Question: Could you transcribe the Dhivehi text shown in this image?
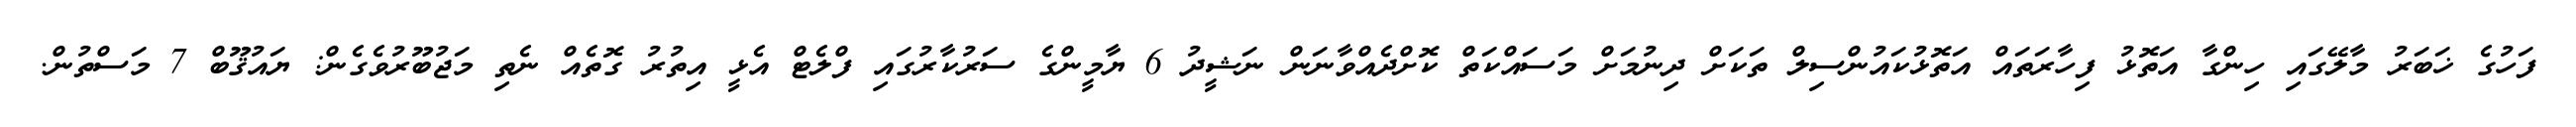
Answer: ފަހުގެ ޚަބަރު މާލޭގައި ހިންގާ އަތޮޅު ފިހާރަތައް އަތޮޅުކައުންސިލް ތަކަށް ދިނުމަށް މަސައްކަތް ކޮށްދެއްވާނަން ނަޝީދު 6 ޔާމީންގެ ސަރުކާރުގައި ފްލެޓް އެޅީ އިތުރު ގޮތެއް ނެތި މަޖުބޫރުވެގެން: ޔައުޤޫބް 7 މަސްތުން.